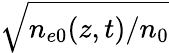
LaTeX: \sqrt{n_{e0}(z,t)/n_{0}}